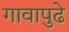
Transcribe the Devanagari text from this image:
गावापुढे